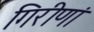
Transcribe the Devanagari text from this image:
गिरीणां